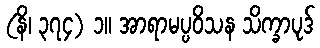
(နိ၊ ၃၇၄) ၁။ အာရာမပ္ပဝိသန သိက္ခာပုဒ်